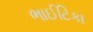
ભાઈટિકા